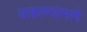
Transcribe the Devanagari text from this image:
वाहाण्यामागे